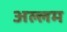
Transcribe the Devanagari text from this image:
अल्लम